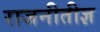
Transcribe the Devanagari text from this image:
राजनीतीज्ञ